Annual report on the health of the army in India
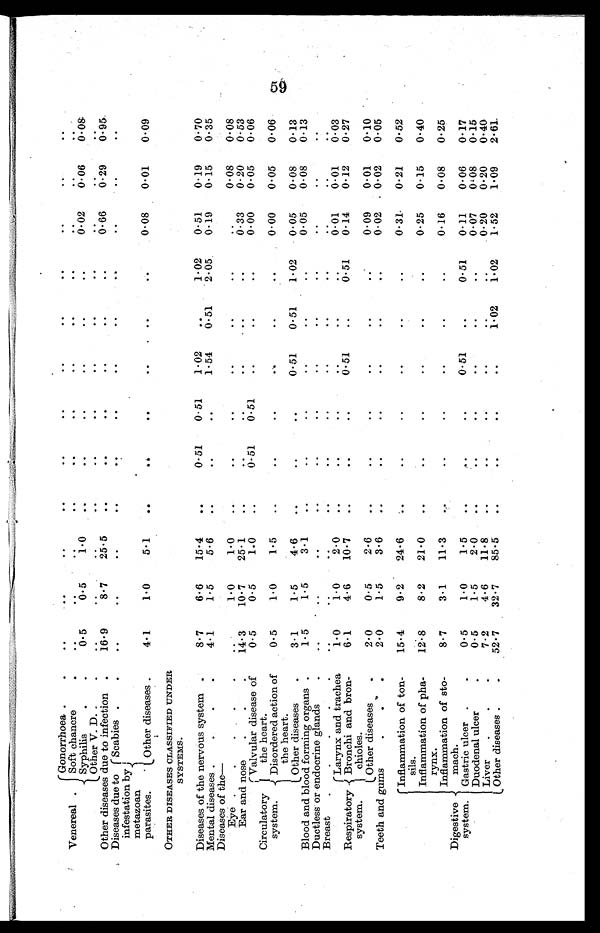
Gonorrhoea
.. ..
..
..
..
..
..
..
..
..
..
..
Venereal
onocr
Soft
..
..
. .
..
.. .. .. .. ..
..
.. ..
Syphilis
0.5
0.5
1.0
.. .. .. .. .. ..
0.02 0.06
0.08
Other V. D.
.. .. .. .. ..
. .
..
..
.. .. .. ..
due
Other diseases d to infection .
16.9
8.7
25.5
..
..
..
..
..
..
0.66
0.29
0.95
Diseases due to
infestation by
Scabies
..
..
.. ..
. .
..
..
..
..
..
..
. .
metazoan
parasites.
Other diseases
4.1
1.0
5.1
..
. .
..
.. .. ..
0. 08 0.01
0.09
OTHER DISEASES CLASSIFIED UNDER
SYSTEMS.
Diseases of the nervous system
8.7
6.6
1 5 . 4
..
0.51
0.51
1 . 0 2 ..
1.02
0.51
0.19
0.70
Mental diseases
4.1
1.5
5.6
.. ..
..
1 . 5 4 0.51
2.05
0.19
0.15
0.35
Diseases of the
— Eye
1.0
1.0
..
..
..
..
..
..
..
0.08
0.08
Ear and nose
14.3 10.7 25.1
.
..
..
..
. . .
..
0.33
0.20
0.53
Circulatory
system.
Valvular disease of
the heart.
0.5
0.5
1.0
..
0.51
0.51
.. .. ..
0.00
0.05
0.06
Disordered action of
the heart.
0.5
1.0
1.5
..
..
..
..
..
..
0.00
0.05
0.06
Other diseases
3 . 1
1.5
4.6
..
..
..
0.51
0.51
1.02
0.05
0.08
0.13
Blood and blood forming organs
1.5
1.5
3.1
..
..
..
..
..
..
0.05
0 . 0 8
0.13
Ductless or endocrine glands
.. .. ..
..
.. ..
..
..
..
..
..
..
Breast
..
..
..
..
..
..
..
..
..
..
..
..
Larynx and trachea
1.0
1.0
2 . 0
..
..
..
..
..
..
0. 01 0.01
0.03
Respiratory
system.
Bronchi and bron
chioles.
6.1
4.6
10.7
..
..
..
0.51
..
0.51
0.14
0.12
0.27
Other diseases
2.0
0.5
2.6
..
..
..
..
..
..
0.09
0.01
0.10
Teeth and gums
2.0
1.5
3.6
..
..
..
..
..
..
0.02
0.02
0.05
Digestive
system.
Inflammation of ton
sils.
15.4
9.2
24.6
. .
..
..
..
..
..
0.31. 0.21
0.52
Inflammation of pha
rynx.
1 2 . 8
8.2 21.0
..
..
..
..
..
..
0.25
0.15
0.40
Inflammation of sto
mach.
8.7
3.1
11.3
..
..
..
..
..
..
0.16
0.08
0.25
Gastric ulcer
0.5
1.0
1.5
..
..
..
0.51
..
0. 51 0.11
0.06
0.17
Duodenal ulcer
0.5
1.5
2 . 0
..
..
..
..
..
..
0.07
0.08
0. 15
Liver
7.2
4.6
11.8
..
..
..
..
..
..
0.20
0.20 0.40
Other diseases
52.7
32.7
85.5
..
..
..
..
1.02
1.02
1.52
1.09
2.61.
59